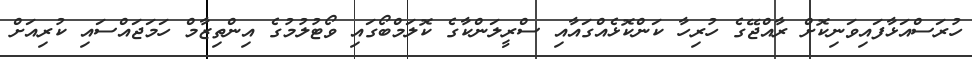
ހުރަސްއަޅާފައިވަނިކޮށް ރާއްޖޭގެ ހުރިހާ ކަންކޮޅެއްގައާއި ސްރީލަންކާގެ ކޮލަމްބޯގައި ވޯޓުލުމުގެ އިންތިޒާމް ހަމަޖައްސައި ކުރިއަށް